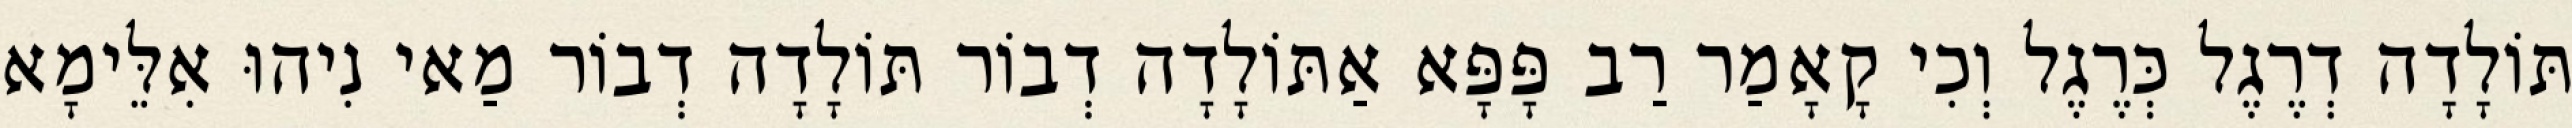
תּוֹלָדָה דְרֶגֶל כְּרֶגֶל וְכִי קָאָמַר רַב פָּפָּא אַתּוֹלָדָה דְבוֹר תּוֹלָדָה דְבוֹר מַאי נִיהוּ אִלֵּימָא